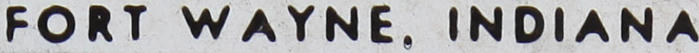
FORT WAYNE. INDIANA